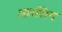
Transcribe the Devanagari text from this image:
आरलिन